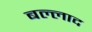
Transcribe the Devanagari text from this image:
बल्लाद